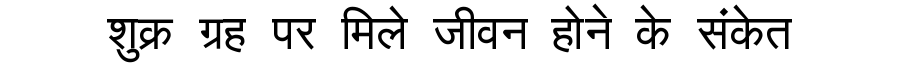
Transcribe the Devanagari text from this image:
शुक्र ग्रह पर मिले जीवन होने के संकेत